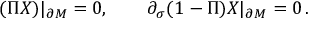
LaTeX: ( \Pi X ) | _ { \partial M } = 0 , \qquad \partial _ { \sigma } ( 1 - \Pi ) X | _ { \partial M } = 0 \, .